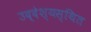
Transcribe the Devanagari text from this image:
उद्देश्यस्थित